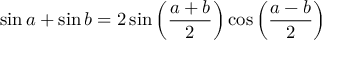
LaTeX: \sin a + \sin b = 2 \sin \left( { \frac { a + b } { 2 } } \right) \cos \left( { \frac { a - b } { 2 } } \right)